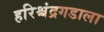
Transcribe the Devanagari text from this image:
हरिश्चंद्रगडाला